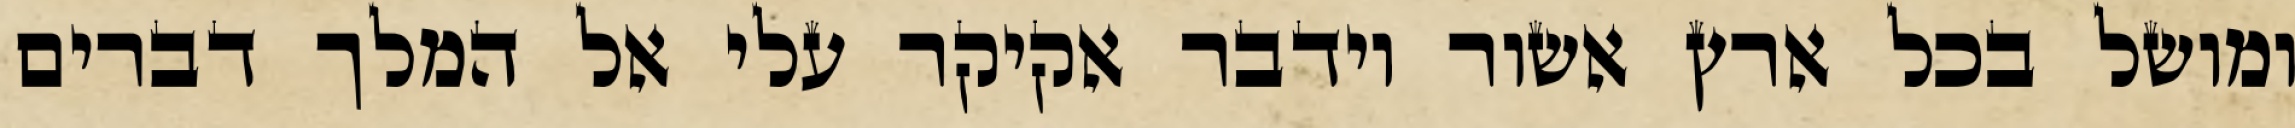
ומושל בכל ארץ אשור וידבר אקיקר עלי אל המלך דברים